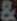
&